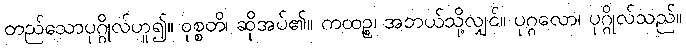
တည်သောပုဂ္ဂိုလ်ဟူ၍။ ဝုစ္စတိ၊ ဆိုအပ်၏။ ကထဉ္စ၊ အဘယ်သို့လျှင်။ ပုဂ္ဂလော၊ ပုဂ္ဂိုလ်သည်။